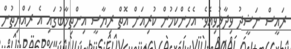
ރައީސް ނަޝީދު ވިދާޅުވިއެވެ. އެހެންކަމުން ކުރިއަށް އޮތް ރިޔާސީ އިންތިޚާބުގައި އެ ރައްޔިތުން